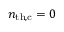
n _ { \mathrm { t h , c } } = 0